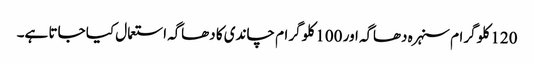
120 کلو گرام سنہرہ دھاگہ اور 100 کلو گرام چاندی کا دھاگہ استعمال کیا جاتا ہے۔